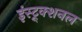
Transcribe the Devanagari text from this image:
इंस्ट्र्क्शनल